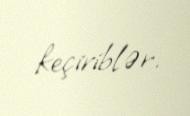
keçiriblər.